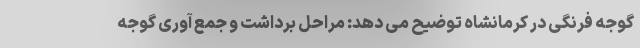
گوجه فرنگی در کرمانشاه توضیح می دهد: مراحل برداشت و جمع آوری گوجه